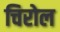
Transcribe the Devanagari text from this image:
चिरोल